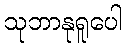
သုဘာနုရူပေါ